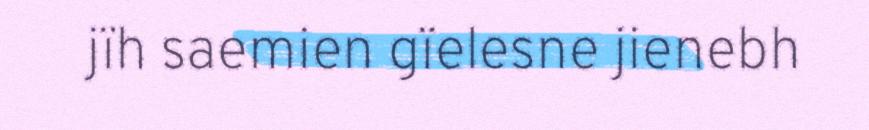
jïh saemien gïelesne jienebh